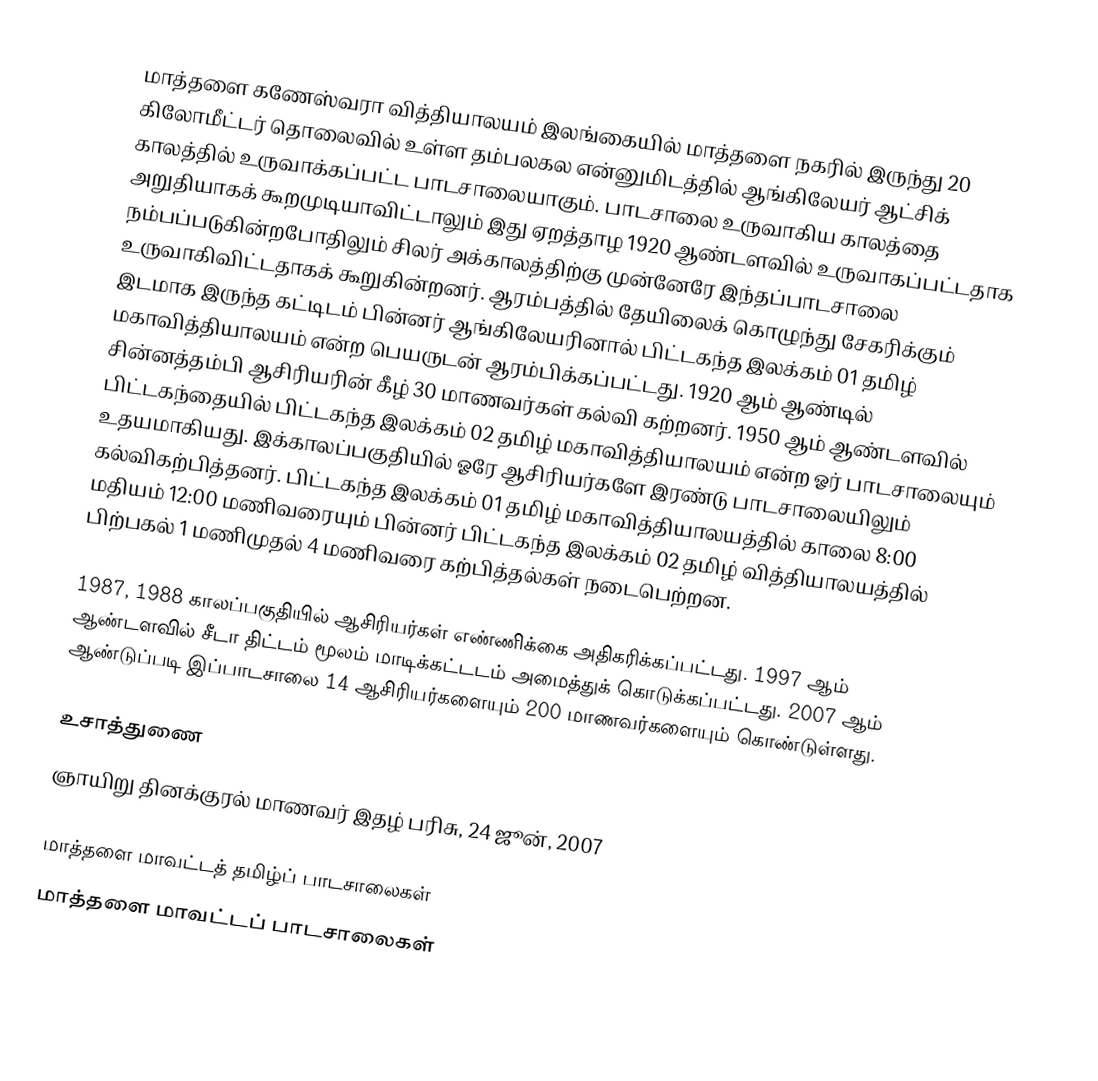
மாத்தளை கணேஸ்வரா வித்தியாலயம் இலங்கையில் மாத்தளை நகரில் இருந்து 20 கிலோமீட்டர் தொலைவில் உள்ள தம்பலகல என்னுமிடத்தில் ஆங்கிலேயர் ஆட்சிக் காலத்தில் உருவாக்கப்பட்ட பாடசாலையாகும். பாடசாலை உருவாகிய காலத்தை அறுதியாகக் கூறமுடியாவிட்டாலும் இது ஏறத்தாழ 1920 ஆண்டளவில் உருவாகப்பட்டதாக நம்பப்படுகின்றபோதிலும் சிலர் அக்காலத்திற்கு முன்னேரே இந்தப்பாடசாலை உருவாகிவிட்டதாகக் கூறுகின்றனர். ஆரம்பத்தில் தேயிலைக் கொழுந்து சேகரிக்கும் இடமாக இருந்த கட்டிடம் பின்னர் ஆங்கிலேயரினால் பிட்டகந்த இலக்கம் 01 தமிழ் மகாவித்தியாலயம் என்ற பெயருடன் ஆரம்பிக்கப்பட்டது. 1920 ஆம் ஆண்டில் சின்னத்தம்பி ஆசிரியரின் கீழ் 30 மாணவர்கள் கல்வி கற்றனர். 1950 ஆம் ஆண்டளவில் பிட்டகந்தையில் பிட்டகந்த இலக்கம் 02 தமிழ் மகாவித்தியாலயம் என்ற ஓர் பாடசாலையும் உதயமாகியது. இக்காலப்பகுதியில் ஓரே ஆசிரியர்களே இரண்டு பாடசாலையிலும் கல்விகற்பித்தனர். பிட்டகந்த இலக்கம் 01 தமிழ் மகாவித்தியாலயத்தில் காலை 8:00 மதியம் 12:00 மணிவரையும் பின்னர் பிட்டகந்த இலக்கம் 02 தமிழ் வித்தியாலயத்தில் பிற்பகல் 1 மணிமுதல் 4 மணிவரை கற்பித்தல்கள் நடைபெற்றன.

1987, 1988 காலப்பகுதியில் ஆசிரியர்கள் எண்ணிக்கை அதிகரிக்கப்பட்டது. 1997 ஆம் ஆண்டளவில் சீடா திட்டம் மூலம் மாடிக்கட்டடம் அமைத்துக் கொடுக்கப்பட்டது. 2007 ஆம் ஆண்டுப்படி இப்பாடசாலை 14 ஆசிரியர்களையும் 200 மாணவர்களையும் கொண்டுள்ளது.

உசாத்துணை
ஞாயிறு தினக்குரல் மாணவர் இதழ் பரிசு, 24 ஜூன், 2007

மாத்தளை மாவட்டத் தமிழ்ப் பாடசாலைகள்
மாத்தளை மாவட்டப் பாடசாலைகள்